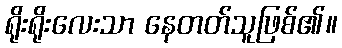
ရိုးရိုးလေးသာ နေတတ်သူဖြစ်၏။